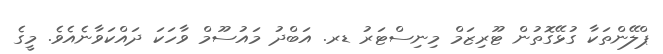
ޕްލޭންތަކާ ގުޅޭގޮތުން ޓޫރިޒަމް މިނިސްޓަރު ޑރ. އަބްދު މައުސޫމް ވާހަކަ ދައްކަވާނެއެވެ. މީގެ